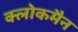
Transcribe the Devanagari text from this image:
क्लोकमैन